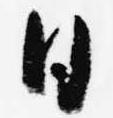
日